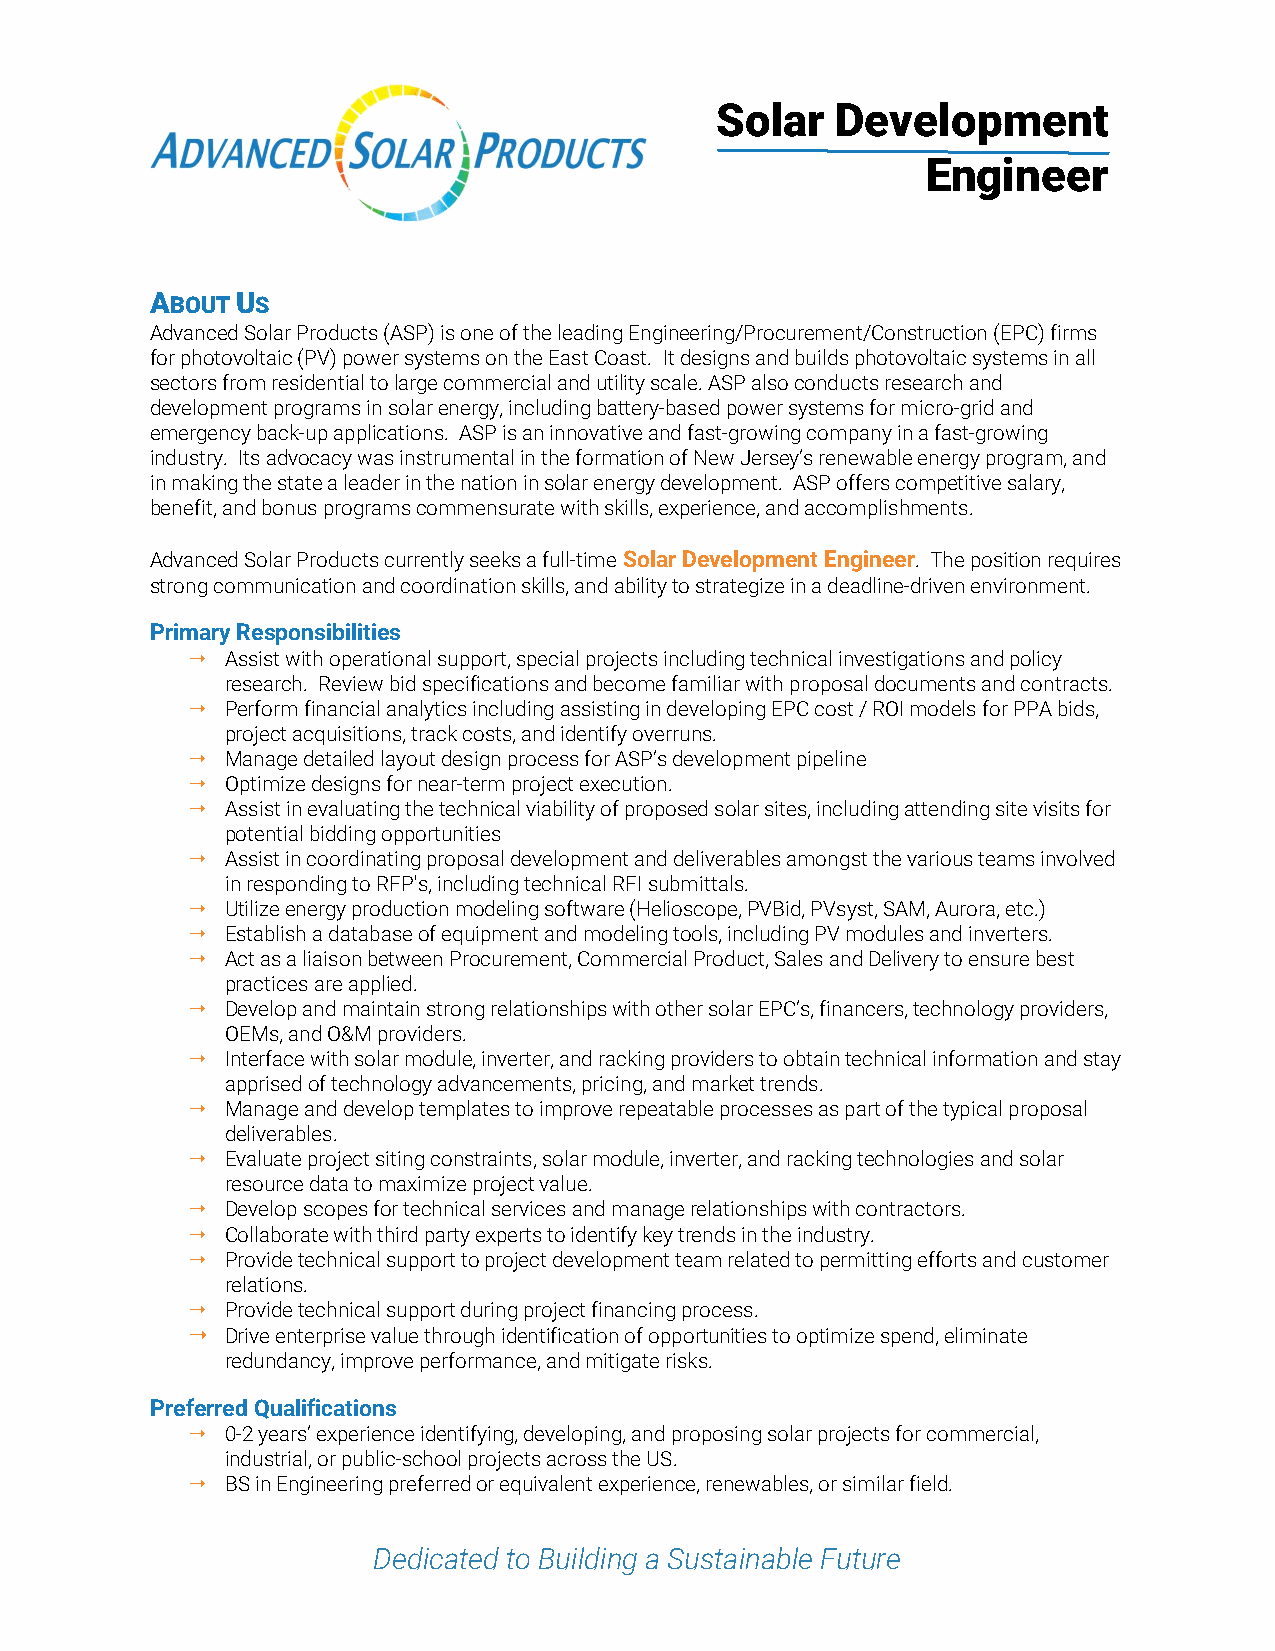
Solar   Development
 Engineer
 ABOUT US
 Advanced Solar Products (ASP) is one of the leading Engineering/Procurement/Construction (EPC) firms
 for photovoltaic (PV) power systems on the East Coast. It designs and builds photovoltaic systems in all
 sectors from residential to large commercial and utility scale. ASP also conducts research and
 development programs in solar energy, including battery-based power systems for micro-grid and
 emergency back-up applications. ASP is an innovative and fast-growing company in a fast-growing
 industry. Its advocacy was instrumental in the formation of New Jersey’s renewable energy program, and
 in making the state a leader in the nation in solar energy development. ASP offers competitive salary,
 benefit, and bonus programs commensurate with skills, experience, and accomplishments.
 Advanced Solar Products currently seeks a full-time Solar Development Engineer. The position requires
 strong communication and coordination skills, and ability to strategize in a deadline-driven environment.
 Primary Responsibilities
   Assist with operational support, special projects including technical investigations and policy
 research. Review bid specifications and become familiar with proposal documents and contracts.
   Perform financial analytics including assisting in developing EPC cost / ROI models for PPA bids,
 project acquisitions, track costs, and identify overruns.
   Manage detailed layout design process for ASP’s development pipeline
   Optimize designs for near-term project execution.
   Assist in evaluating the technical viability of proposed solar sites, including attending site visits for
 potential bidding opportunities
   Assist in coordinating proposal development and deliverables amongst the various teams involved
 in responding to RFP's, including technical RFI submittals.
   Utilize energy production modeling software (Helioscope, PVBid, PVsyst, SAM, Aurora, etc.)
   Establish a database of equipment and modeling tools, including PV modules and inverters.
   Act as a liaison between Procurement, Commercial Product, Sales and Delivery to ensure best
 practices are applied.
   Develop and maintain strong relationships with other solar EPC’s, financers, technology providers,
 OEMs, and O&M providers.
   Interface with solar module, inverter, and racking providers to obtain technical information and stay
 apprised of technology advancements, pricing, and market trends.
   Manage and develop templates to improve repeatable processes as part of the typical proposal
 deliverables.
   Evaluate project siting constraints, solar module, inverter, and racking technologies and solar
 resource data to maximize project value.
   Develop scopes for technical services and manage relationships with contractors.
   Collaborate with third party experts to identify key trends in the industry.
   Provide technical support to project development team related to permitting efforts and customer
 relations.
   Provide technical support during project financing process.
   Drive enterprise value through identification of opportunities to optimize spend, eliminate
 redundancy, improve performance, and mitigate risks.
 Preferred Qualifications
   0-2 years’ experience identifying, developing, and proposing solar projects for commercial,
 industrial, or public-school projects across the US.
   BS in Engineering preferred or equivalent experience, renewables, or similar field.
 Dedicated to Building a Sustainable Future